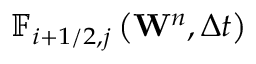
{ { \mathbb { F } } _ { i + 1 / 2 , j } } \left( { { \mathbf { W } } ^ { n } } , \Delta t \right)